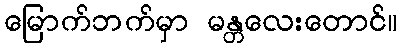
မြောက်ဘက်မှာ မန္တလေးတောင်။